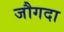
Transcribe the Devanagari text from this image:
जौगदा